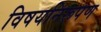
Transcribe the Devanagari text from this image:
विषयनिरूपण